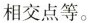
相交点等。